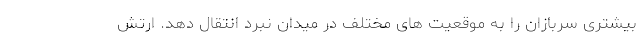
بیشتری سربازان را به موقعیت های مختلف در میدان نبرد انتقال دهد. ارتش